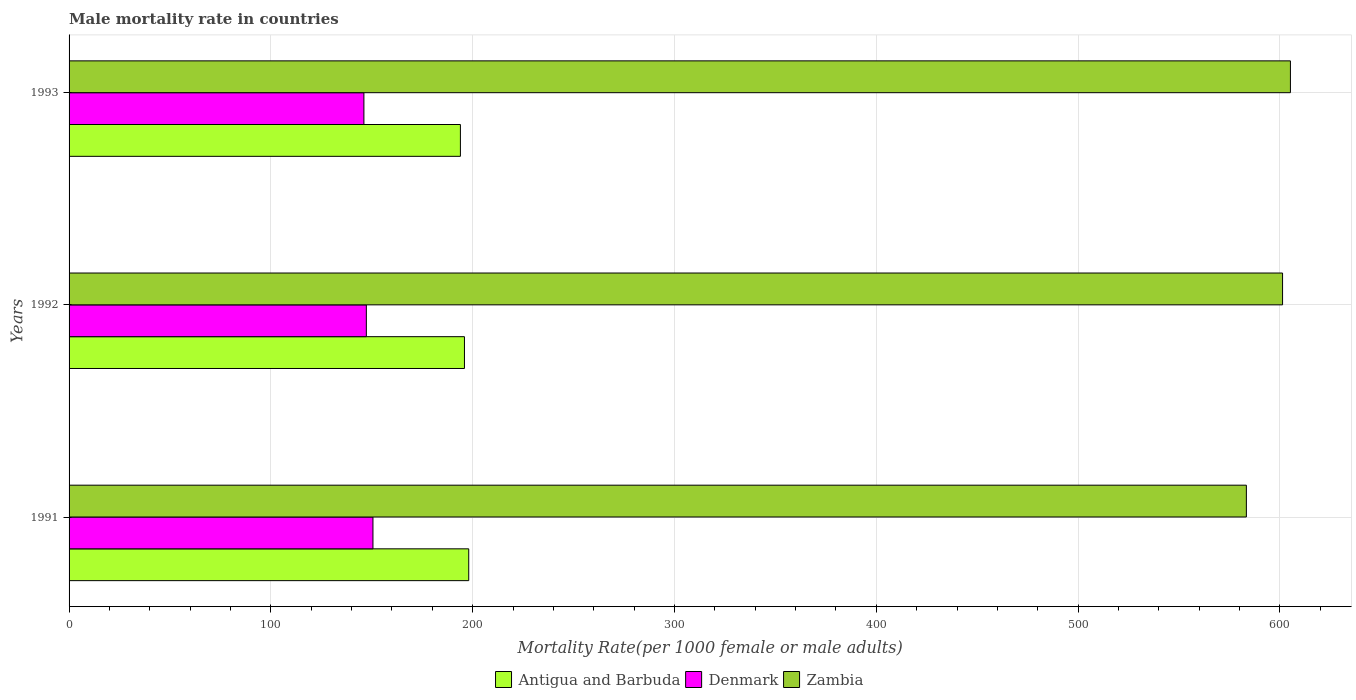
| Years | Antigua and Barbuda | Denmark | Zambia |
 | --- | --- | --- | --- |
 | 1991 | 198 | 151 | 583 |
 | 1992 | 196 | 147 | 601 |
 | 1993 | 194 | 146 | 605 |